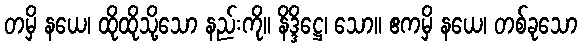
တမှိ နယေ၊ ထိုထိုသို့သော နည်းကို။ နိဒ္ဒိဋ္ဌေ၊ သော။ ဧကမှိ နယေ၊ တစ်ခုသော